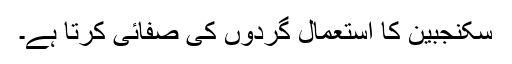
سکنجبین کا استعمال گردوں کی صفائی کرتا ہے۔